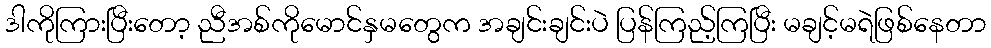
ဒါကိုကြားပြီးတော့ ညီအစ်ကိုမောင်နှမတွေက အချင်းချင်းပဲ ပြန်ကြည့်ကြပြီး မချင့်မရဲဖြစ်နေတာ